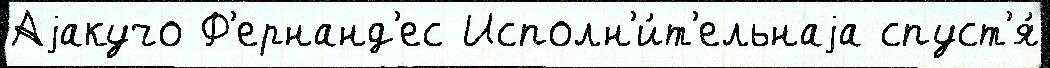
Аjакучо Ф'ернанд'ес Исполн'и́т'ельнаjа спуст'я́